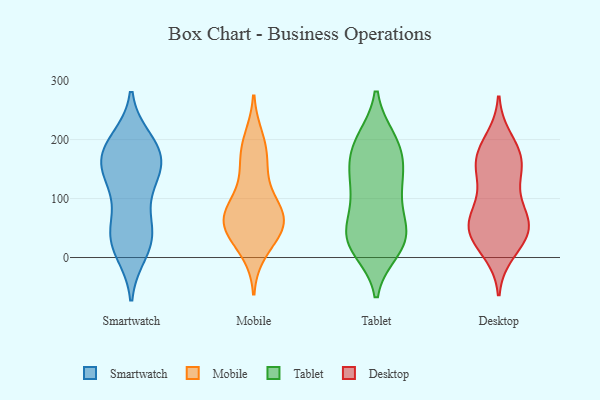
{"axis": {"x": "Humidity (%)", "y": "Value"}, "legend": ["Desktop", "Mobile", "Smartwatch", "Tablet"], "data": [{"x": "", "y": 181, "type": "Smartwatch"}, {"x": "", "y": 149, "type": "Smartwatch"}, {"x": "", "y": 20, "type": "Smartwatch"}, {"x": "", "y": 178, "type": "Smartwatch"}, {"x": "", "y": 198, "type": "Smartwatch"}, {"x": "", "y": 61, "type": "Smartwatch"}, {"x": "", "y": 189, "type": "Smartwatch"}, {"x": "", "y": 48, "type": "Smartwatch"}, {"x": "", "y": 10, "type": "Smartwatch"}, {"x": "", "y": 112, "type": "Smartwatch"}, {"x": "", "y": 132, "type": "Smartwatch"}, {"x": "", "y": 178, "type": "Smartwatch"}, {"x": "", "y": 38, "type": "Smartwatch"}, {"x": "", "y": 144, "type": "Smartwatch"}, {"x": "", "y": 29, "type": "Smartwatch"}, {"x": "", "y": 155, "type": "Smartwatch"}, {"x": "", "y": 62, "type": "Mobile"}, {"x": "", "y": 200, "type": "Mobile"}, {"x": "", "y": 84, "type": "Mobile"}, {"x": "", "y": 164, "type": "Mobile"}, {"x": "", "y": 12, "type": "Mobile"}, {"x": "", "y": 183, "type": "Mobile"}, {"x": "", "y": 37, "type": "Mobile"}, {"x": "", "y": 47, "type": "Mobile"}, {"x": "", "y": 60, "type": "Mobile"}, {"x": "", "y": 86, "type": "Mobile"}, {"x": "", "y": 64, "type": "Mobile"}, {"x": "", "y": 135, "type": "Mobile"}, {"x": "", "y": 68, "type": "Mobile"}, {"x": "", "y": 14, "type": "Tablet"}, {"x": "", "y": 199, "type": "Tablet"}, {"x": "", "y": 45, "type": "Tablet"}, {"x": "", "y": 25, "type": "Tablet"}, {"x": "", "y": 28, "type": "Tablet"}, {"x": "", "y": 200, "type": "Tablet"}, {"x": "", "y": 96, "type": "Tablet"}, {"x": "", "y": 109, "type": "Tablet"}, {"x": "", "y": 198, "type": "Tablet"}, {"x": "", "y": 174, "type": "Tablet"}, {"x": "", "y": 33, "type": "Tablet"}, {"x": "", "y": 72, "type": "Tablet"}, {"x": "", "y": 142, "type": "Tablet"}, {"x": "", "y": 167, "type": "Tablet"}, {"x": "", "y": 145, "type": "Tablet"}, {"x": "", "y": 126, "type": "Tablet"}, {"x": "", "y": 43, "type": "Tablet"}, {"x": "", "y": 22, "type": "Tablet"}, {"x": "", "y": 198, "type": "Desktop"}, {"x": "", "y": 173, "type": "Desktop"}, {"x": "", "y": 124, "type": "Desktop"}, {"x": "", "y": 140, "type": "Desktop"}, {"x": "", "y": 171, "type": "Desktop"}, {"x": "", "y": 38, "type": "Desktop"}, {"x": "", "y": 38, "type": "Desktop"}, {"x": "", "y": 63, "type": "Desktop"}, {"x": "", "y": 158, "type": "Desktop"}, {"x": "", "y": 11, "type": "Desktop"}, {"x": "", "y": 72, "type": "Desktop"}, {"x": "", "y": 66, "type": "Desktop"}, {"x": "", "y": 41, "type": "Desktop"}, {"x": "", "y": 169, "type": "Desktop"}, {"x": "", "y": 75, "type": "Desktop"}, {"x": "", "y": 37, "type": "Desktop"}]}